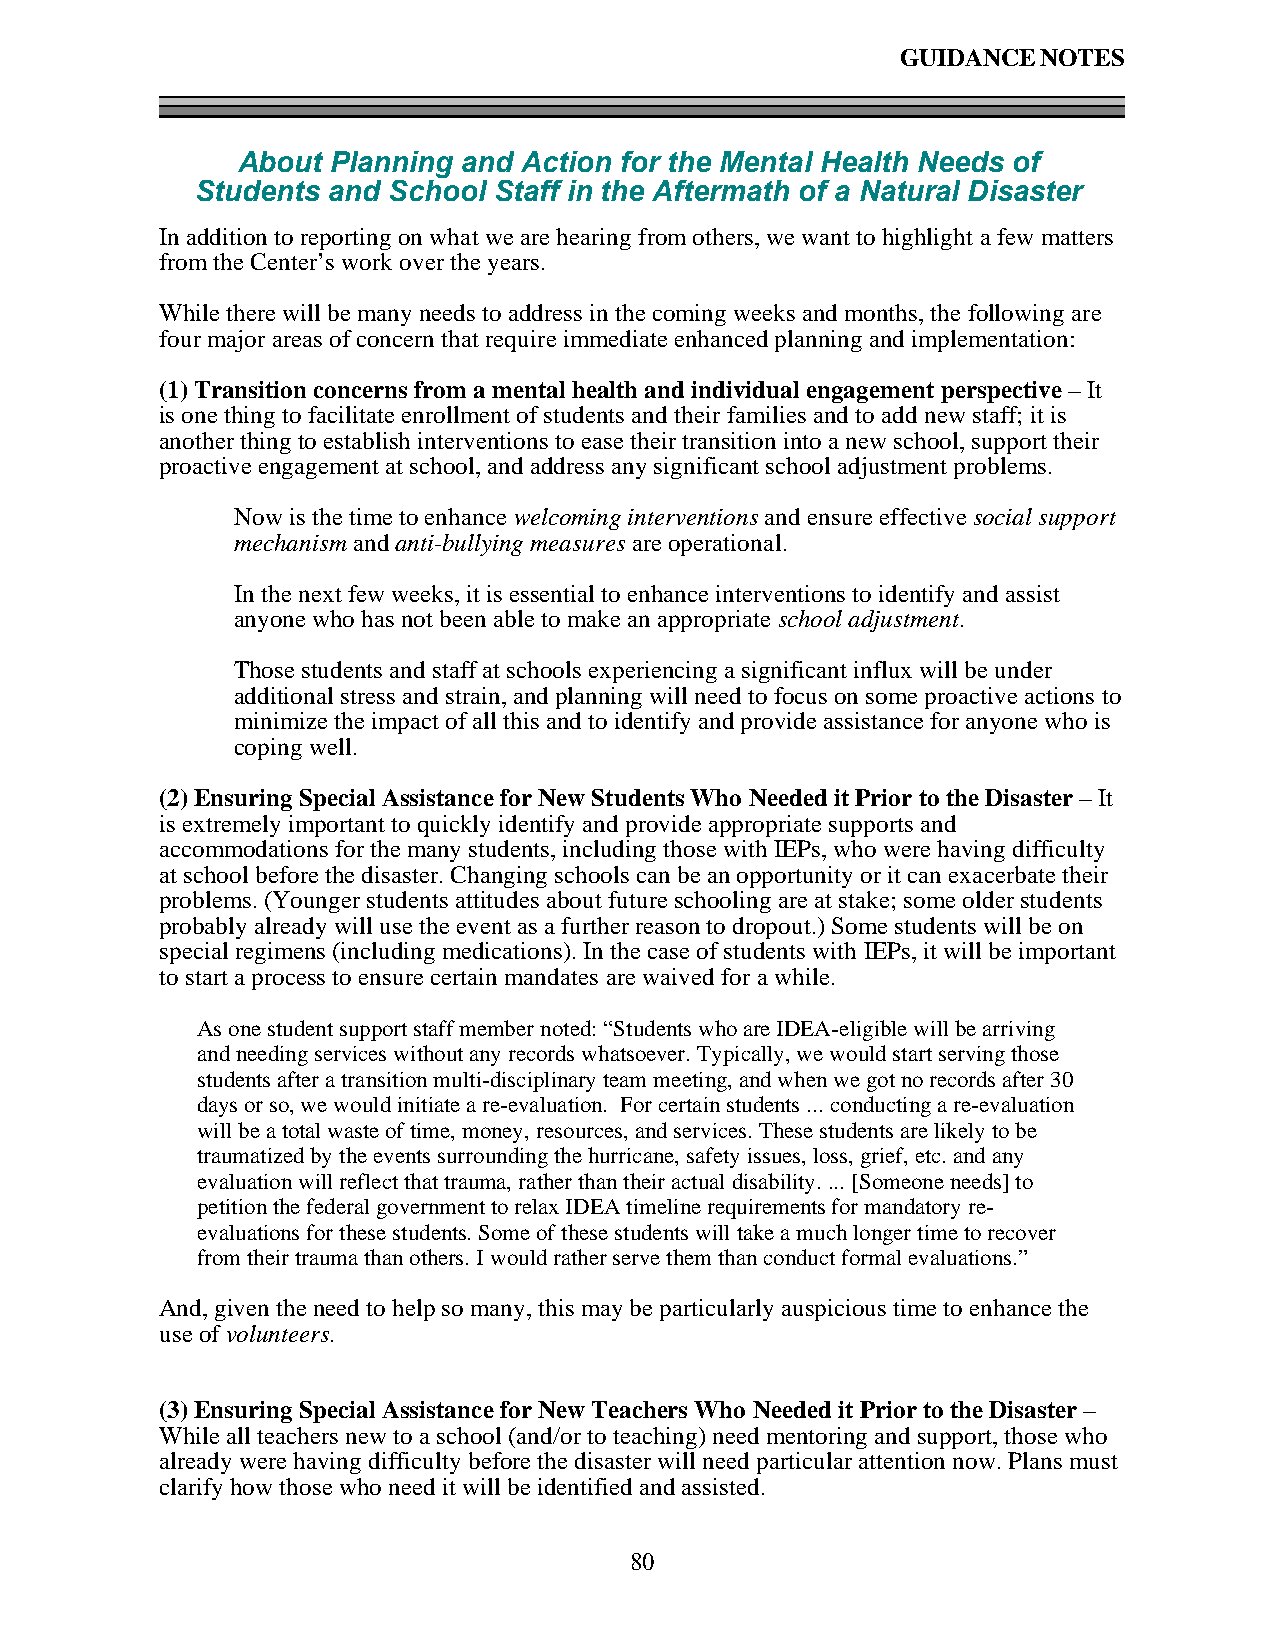
GUIDANCE NOTES
 About Planning and Action for the Mental Health Needs of
 Students and School Staff in the Aftermath of a Natural Disaster
 In addition to reporting on what we are hearing from others, we want to highlight a few matters
 from the Center’s work over the years.
 While there will be many needs to address in the coming weeks and months, the following are
 four major areas of concern that require immediate enhanced planning and implementation:
 (1) Transition concerns from a mental health and individual engagement perspective – It
 is one thing to facilitate enrollment of students and their families and to add new staff; it is
 another thing to establish interventions to ease their transition into a new school, support their
 proactive engagement at school, and address any significant school adjustment problems.
 Now is the time to enhance welcoming interventions and ensure effective social support
 mechanism and anti-bullying measures are operational.
 In the next few weeks, it is essential to enhance interventions to identify and assist
 anyone who has not been able to make an appropriate school adjustment.
 Those students and staff at schools experiencing a significant influx will be under
 additional stress and strain, and planning will need to focus on some proactive actions to
 minimize the impact of all this and to identify and provide assistance for anyone who is
 coping well.
 (2) Ensuring Special Assistance for New Students Who Needed it Prior to the Disaster – It
 is extremely important to quickly identify and provide appropriate supports and
 accommodations for the many students, including those with IEPs, who were having difficulty
 at school before the disaster. Changing schools can be an opportunity or it can exacerbate their
 problems. (Younger students attitudes about future schooling are at stake; some older students
 probably already will use the event as a further reason to dropout.) Some students will be on
 special regimens (including medications). In the case of students with IEPs, it will be important
 to start a process to ensure certain mandates are waived for a while.
 As one student support staff member noted: “Students who are IDEA-eligible will be arriving
 and needing services without any records whatsoever. Typically, we would start serving those
 students after a transition multi-disciplinary team meeting, and when we got no records after 30
 days or so, we would initiate a re-evaluation. For certain students ... conducting a re-evaluation
 will be a total waste of time, money, resources, and services. These students are likely to be
 traumatized by the events surrounding the hurricane, safety issues, loss, grief, etc. and any
 evaluation will reflect that trauma, rather than their actual disability. ... [Someone needs] to
 petition the federal government to relax IDEA timeline requirements for mandatory re-
 evaluations for these students. Some of these students will take a much longer time to recover
 from their trauma than others. I would rather serve them than conduct formal evaluations.”
 And, given the need to help so many, this may be particularly auspicious time to enhance the
 use of volunteers.
 (3) Ensuring Special Assistance for New Teachers Who Needed it Prior to the Disaster –
 While all teachers new to a school (and/or to teaching) need mentoring and support, those who
 already were having difficulty before the disaster will need particular attention now. Plans must
 clarify how those who need it will be identified and assisted.
 80